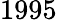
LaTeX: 1995